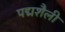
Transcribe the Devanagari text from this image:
पद्मशैली